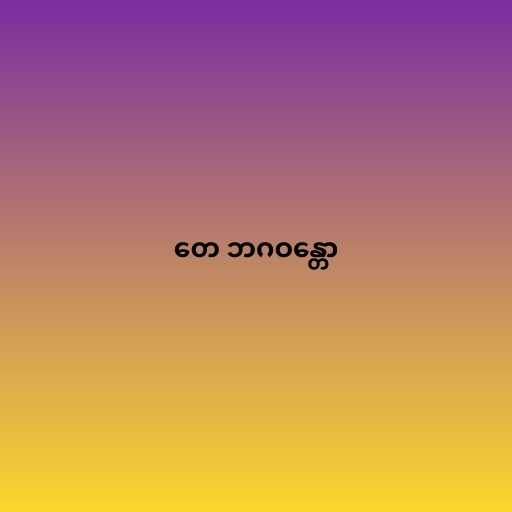
တေ ဘဂဝန္တော